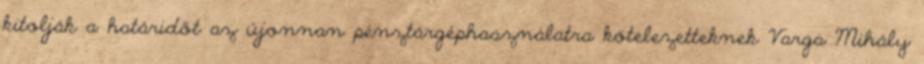
kitolják a határidőt az újonnan pénztárgéphasználatra kötelezetteknek Varga Mihály